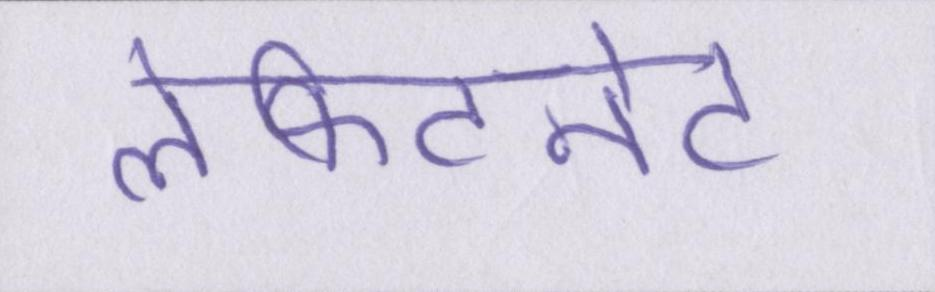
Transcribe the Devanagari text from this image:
लेफ्टिनेंट